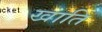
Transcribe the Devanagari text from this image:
खाति